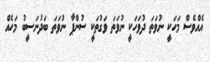
އެއްވެސް މަހަކީ ނުވަތަ ދުވަހަކީ ނުވަތަ ވަގުތަކީ ސުންޕާ ނުވަތަ ބަދުނަސީބު މަހެއް